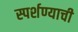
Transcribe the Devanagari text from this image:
स्पर्शण्याची